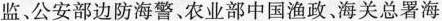
监公安部边防海警、农业部中国渔政、海关总署海